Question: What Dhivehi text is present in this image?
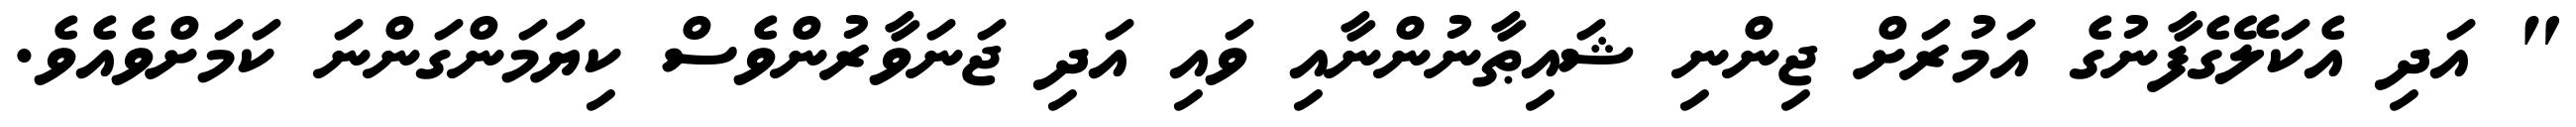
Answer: " އަދި އެކަލޭގެފާނުގެ އަމުރަށް ޖިންނި ޝައިޠާނުންނާއި ވައި އަދި ޖަނަވާރުންވެސް ކިޔަމަންގަންނަ ކަމަށްވެއެވެ.